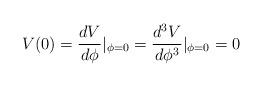
LaTeX: \begin{align*}V(0)=\frac{dV}{d\phi}|_{\phi=0}=\frac{d^3V}{d\phi^3}|_{\phi=0}=0\end{align*}